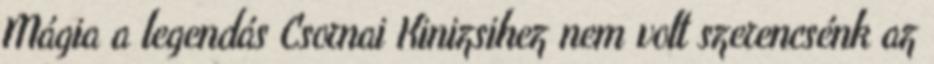
Mágia a legendás Csornai Kinizsihez nem volt szerencsénk az